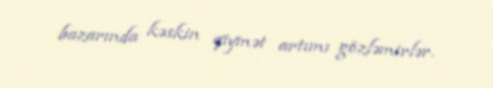
bazarında kəskin qiymət artımı gözləmirlər.